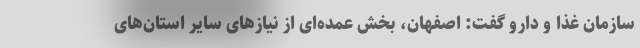
سازمان غذا و دارو گفت: اصفهان، بخش عمده‌ای از نیازهای سایر استان‌های